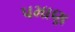
પમાણ